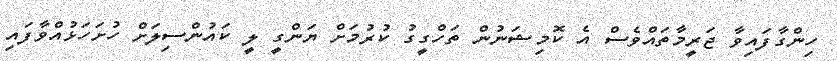
ހިންގާފައިވާ ޖަރީމާތައްވެސް އެ ކޮމިޝަނުން ތަހްގީގު ކުރުމަށް ޔަންގީ ލީ ކައުންސިލަށް ހުށަހަޅުއްވާފައި